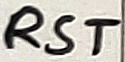
Text: RST